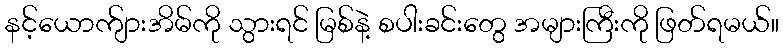
နင့်ယောက်ျားအိမ်ကို သွားရင် မြစ်နဲ့ စပါးခင်းတွေ အများကြီးကို ဖြတ်ရမယ်။